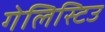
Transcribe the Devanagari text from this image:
गेलिस्टिउ